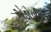
એડોબી